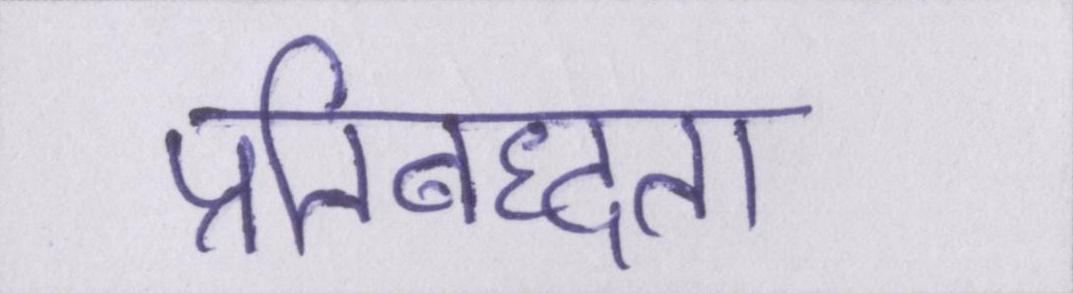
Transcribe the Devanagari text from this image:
प्रतिबध्दता